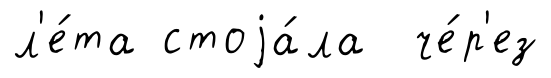
л'е́та стоjа́ла че́р'ез